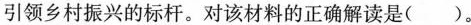
引领乡村振兴的标杆。对该材料的正确解读是( )。